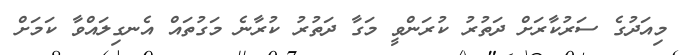
މިއަދުގެ ސަރުކާރަށް ދަތުރު ކުރަންވީ މަގާ ދަތުރު ކުރާނެ މަގުތައް އެނގިލައްވާ ކަމަށް